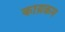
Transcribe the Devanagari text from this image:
काय्रक्रम